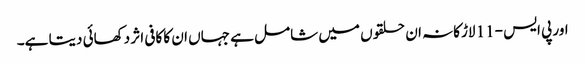
اور پی ایس -11 لاڑکانہ ان حلقوں میں شامل ہے جہاں ان کا کافی اثر دکھائی دیتا ہے۔